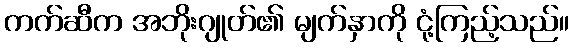
ကက်ဆီက အဘိုးဂျုတ်၏ မျက်နှာကို ငုံ့ကြည့်သည်။